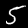
Label: 5